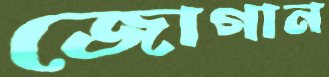
জোগান